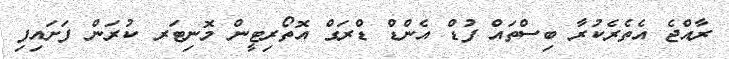
ރާއްޖެ އެތެރެކުރާ ބިސްތައް ފުޑް އެންޑް ޑްރަގް އޮތޯރިޓީން މޮނިޓަރ ކުރަން ފަށައިފި